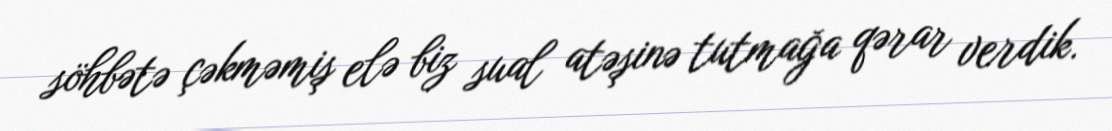
söhbətə çəkməmiş elə biz sual atəşinə tutmağa qərar verdik.